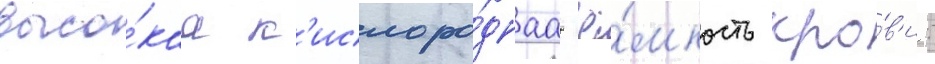
высо́каа к'ислоро́днаа ё́мкость кро́в'и: